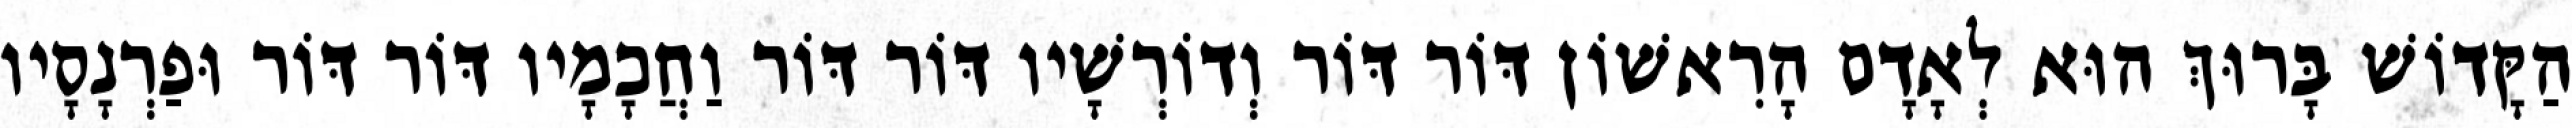
הַקָּדוֹשׁ בָּרוּךְ הוּא לְאָדָם הָרִאשׁוֹן דּוֹר דּוֹר וְדוֹרְשָׁיו דּוֹר דּוֹר וַחֲכָמָיו דּוֹר דּוֹר וּפַרְנָסָיו